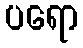
ပရော